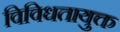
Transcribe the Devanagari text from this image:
विविधतायुक्त